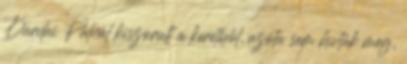
Dárdai Pálnál kiszorult a keretből, azóta sem hívták meg,